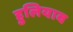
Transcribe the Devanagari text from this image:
हुलियाव